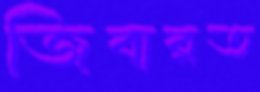
জিবারত